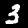
Digit: 3